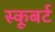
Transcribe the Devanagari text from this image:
स्कूबर्ट